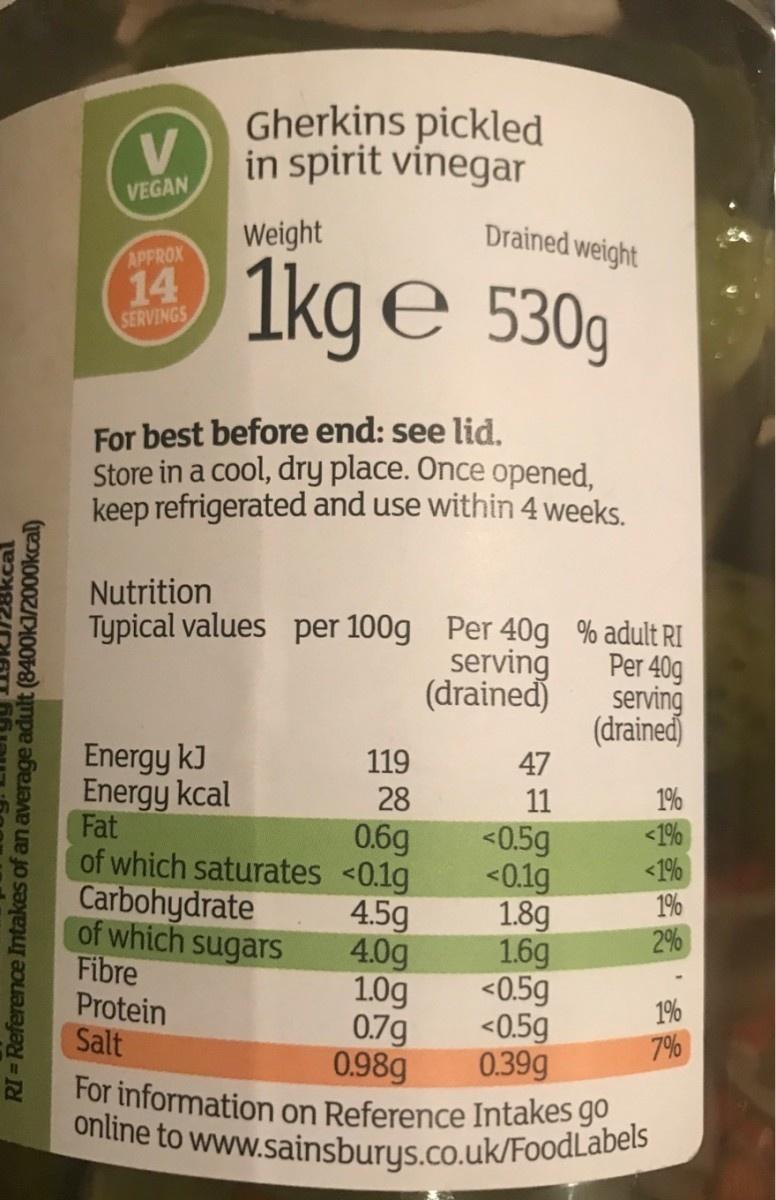
Gherkins pickled in spirit vinegar V. VEGAN Drained weight Weight APPROX 1kge 530g 14 SERVINGS For best before end: see lid. Store in a cool, dry place. Once opened, keep refrigerated and use within 4 weeks. Nutrition Typical values per 100g Per 40g serving (drained) % adult RI Per 40g serving (drained) 47 Energy kJ Energy kcal Fat of which saturates <0.1g Carbohydrate of which sugars Fibre Protein Salt 119 28 1% <1% <1% 1% 2% 11 0.6g <0.5g <0.1g 1.8g 1.6g <0.5g <0.5g 0.39g For information on Reference Intakes go online to www.sainsburys.co.uk/FoodLabels 4.5g 4.0g 1.0g 0.7g 0.98g 1% 7% RI Reference Intakes of an average adult (8400k1/2000kcal)